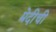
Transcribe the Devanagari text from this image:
मेदीची